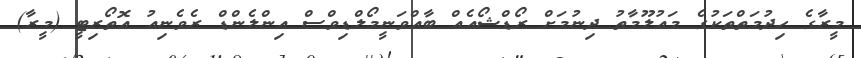
މީރާގެ ހިދުމަތްތަކުގެ މައުލޫމާތު ދިނުމަށް ރޯޑްޝޯއެއް ބާއްވަނީމޯލްޑިވްސް އިންލެންޑް ރެވެނިއު އޮތޯރިޓީ (މީރާ)